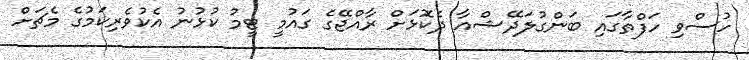
ހުސްވި ހަފްތާގައި ބަންގުލަދޭޝްއާ ދެކޮޅަށް ރާއްޖޭގެ ގައުމީ ޓީމު ކުޅުނު އެކުވެރިކަމުގެ މެޗަށް